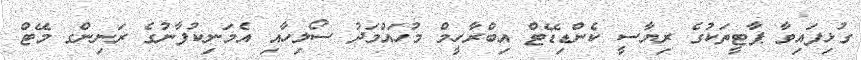
ގުޅިފައިވާ ޕާޓީތަކުގެ ރިޔާސީ ކެންޑިޑޭޓް އިބްރާހީމް މުހައްމަދު ސޯލިހާއި އެމަނިކުފާނުގެ ރަނިންގ މޭޓް